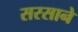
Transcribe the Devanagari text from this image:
सरसाने